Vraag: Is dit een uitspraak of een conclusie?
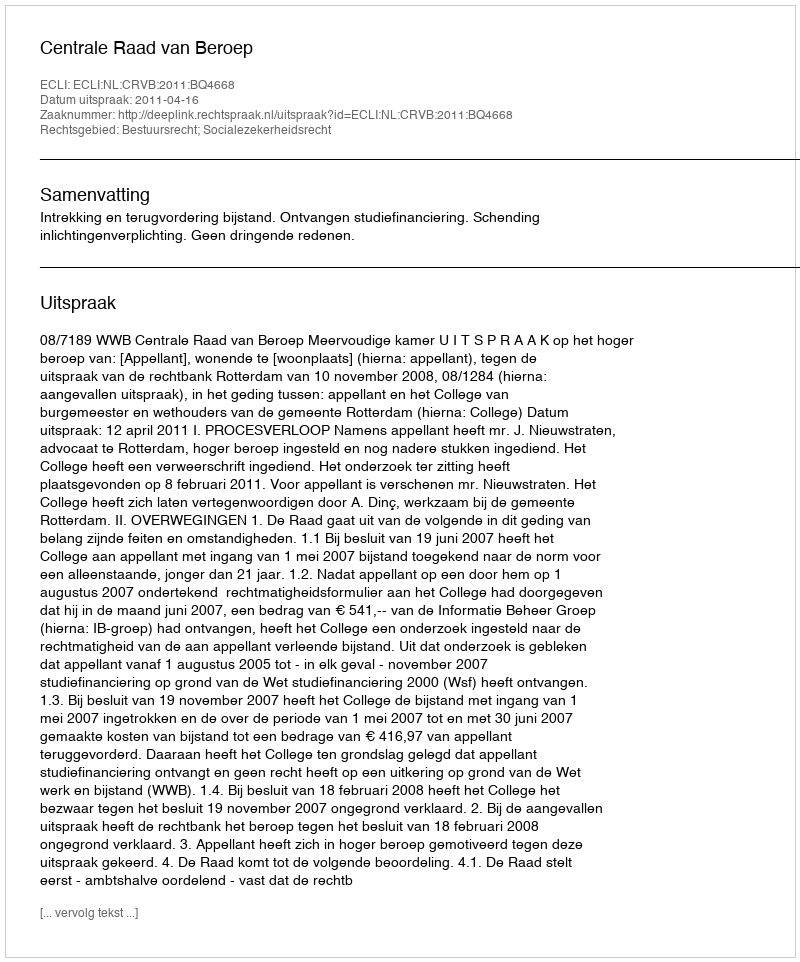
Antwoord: Uitspraak